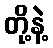
တို့နဲ့